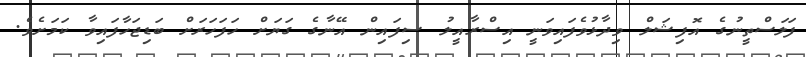
ފަލަސްތީނުގެ އޮފިޝަލް ވިދާޅުވެފައިވަނީ އިސްރާއީލު ސިފައިން އޭނާގެ ގަޔަށް ހަފަހަރަށް ބަޑިޖަހާފައިވާ ކަމަށެވެ.